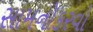
સામનોકરવો